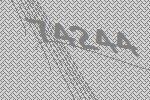
74244